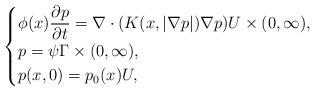
LaTeX: \begin{align*}\begin{cases}\phi(x) \begin{displaystyle}\frac{\partial p}{\partial t}\end{displaystyle}= \nabla \cdot (K(x,|\nabla p|)\nabla p) U\times(0, \infty),\\p=\psi \Gamma \times (0, \infty),\\p(x,0)=p_0(x) U,\end{cases}\end{align*}